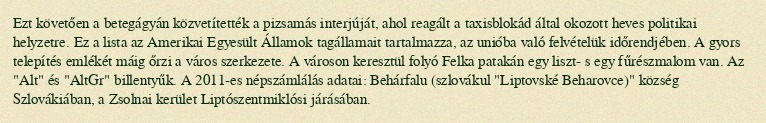
Ezt követően a betegágyán közvetítették a pizsamás interjúját, ahol reagált a taxisblokád által okozott heves politikai helyzetre. Ez a lista az Amerikai Egyesült Államok tagállamait tartalmazza, az unióba való felvételük időrendjében. A gyors telepítés emlékét máig őrzi a város szerkezete. A városon keresztül folyó Felka patakán egy liszt- s egy fűrészmalom van. Az "Alt" és "AltGr" billentyűk. A 2011-es népszámlálás adatai: Behárfalu (szlovákul "Liptovské Beharovce)" község Szlovákiában, a Zsolnai kerület Liptószentmiklósi járásában.